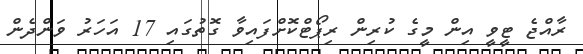
ރާއްޖެ ޓީވީ އިން މީގެ ކުރިން ރިޕޯޓްކޮށްފައިވާ ގޮތުގައި 17 އަހަރު ވަންދެން